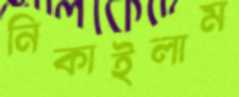
নিকাইলাম